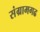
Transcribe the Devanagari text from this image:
संग्रामगढ